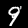
Digit: 9